Civil Veterinary Department Bihar & Orissa reports 1922-29 - 1922-1929
Year: 1922
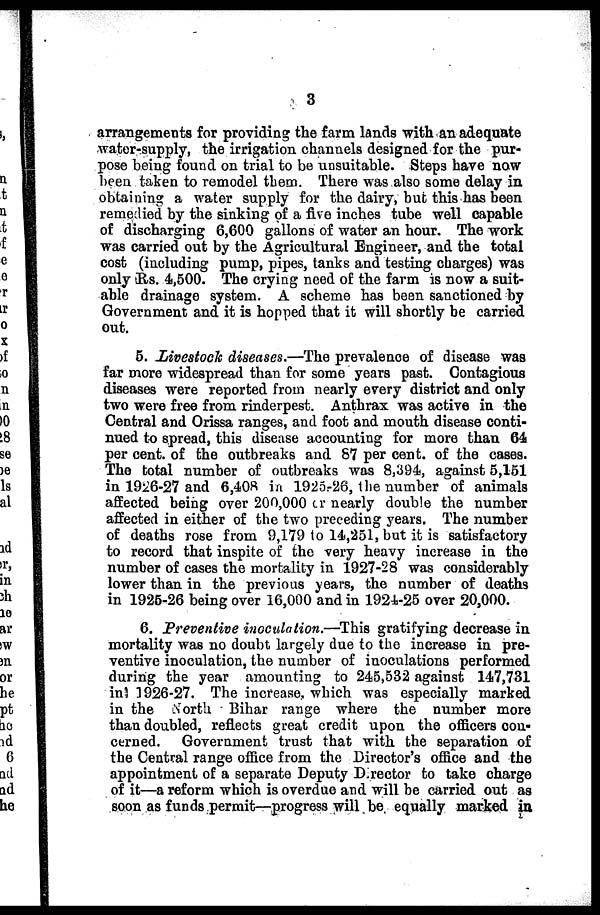
3
arrangements for providing the farm lands with an adequate
water-supply, the irrigation channels designed for the pur-
pose being found on trial to be unsuitable. Steps have now
been token to remodel them. There was also some delay in
obtaining a water supply for the dairy, but this has been
remedied by the sinking of a five inches tube well capable
of discharging 6,600 gallons of water an hour. The work
was carried out by the Agricultural Engineer, and the total
cost (including pump, pipes, tanks and testing charges) was
only Us. 4,500. The crying need of the farm is now a suit-
able drainage system. A scheme has been sanctioned by
Government and it is hopped that it will shortly be carried
out.
5. Livestock diseases.—The prevalence of disease was
far more widespread than for some years past. Contagious
diseases were reported from nearly every district and only
two were free from rinderpest. Anthrax was active in the
Central and Orissa ranges, and foot and mouth disease conti-
nued to spread, this disease accounting for more than 64
per cent, of the outbreaks and S7 per cent, of the cases.
The total number of outbreaks was 8,394, against 5,151
in 1926-27 and 6,408 in 1925.-26, the number of animals
affected being over 200,000 or nearly double the number
affected in either of the two preceding years. The number
of deaths rose from 9,179 to 14,251, but it is satisfactory
to record that inspite of the very heavy increase in the
number of cases the mortality in 1927-28 was considerably
lower than in the previous years, the number of deaths
in 1925-26 being over 16,000 and in 1924-25 over 20,000.
6. Preventive inoculation.—This gratifying decrease in
mortality was no doubt largely due to the increase in pre-
ventive inoculation, the number of inoculations performed
during the year amounting to 245,532 against 147,731
in? 3926-27. The increase, which was especially marked
in the North Bihar range where the number more
than doubled, reflects great credit upon the officers con-
cerned. Government trust that with the separation of
the Central range office from the Director's office and the
appointment of a separate Deputy Director to take charge
of it—a reform which is overdue and will be carried out as
soon as funds permit—progress will be equally marked in